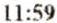
11:59